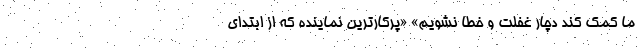
ما کمک کند دچار غفلت و خطا نشویم» «پرکارترین نماینده که از ابتدای